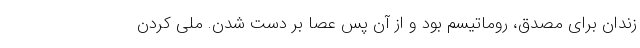
زندان برای مصدق، روماتیسم بود و از آن پس عصا بر دست شدن. ملی کردن